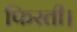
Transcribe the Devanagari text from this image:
फिरती।